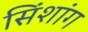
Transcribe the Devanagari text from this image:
सिंशांग